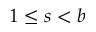
1 \leq s < b